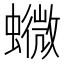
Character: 𧒰